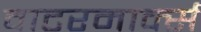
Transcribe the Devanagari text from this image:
वाटरमार्क्स